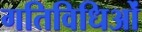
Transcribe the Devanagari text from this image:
गतिविधिओं